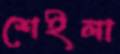
শেইলা